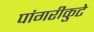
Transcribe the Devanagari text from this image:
पांगरीकुटे